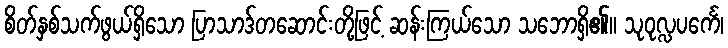
စိတ်နှစ်သက်ဖွယ်ရှိသော ပြာသာဒ်တဆောင်းတို့ဖြင့် ဆန်းကြယ်သော သဘောရှိ၏။ သုဝုလ္လပင်္ကေ၊